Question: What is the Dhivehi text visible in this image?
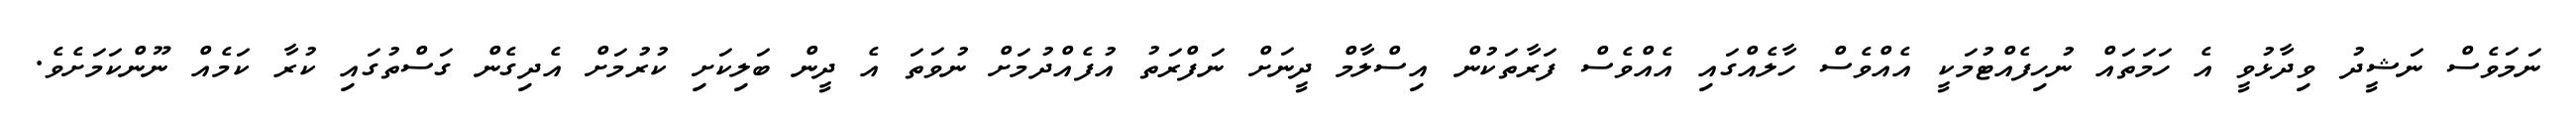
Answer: ނަމަވެސް ނަޝީދު ވިދާޅުވީ އެ ހަމަތައް ނުހިފެއްޓުމަކީ އެއްވެސް ހާލެއްގައި އެއްވެސް ފަރާތަކުން އިސްލާމް ދީނަށް ނަފްރަތު އުފެއްދުމަށް ނުވަތަ އެ ދީން ބަލިކަށި ކުރުމަށް އެދިގެން ގަސްތުގައި ކުރާ ކަމެއް ނޫންކަމަށެވެ.